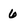
Character: 6